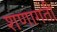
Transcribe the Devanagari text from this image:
शणागती